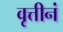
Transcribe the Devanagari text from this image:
वृत्तीनं